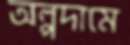
অল্পদামে